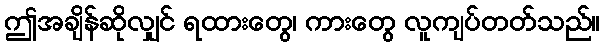
ဤအချိန်ဆိုလျှင် ရထားတွေ၊ ကားတွေ လူကျပ်တတ်သည်။